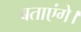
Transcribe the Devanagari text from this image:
बताएंगे।